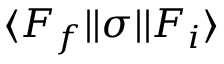
\ensuremath { \langle F _ { f } | | } { \sigma } \ensuremath { | | F _ { i } \rangle }